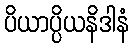
ပိယာပ္ပိယနိဒါနံ